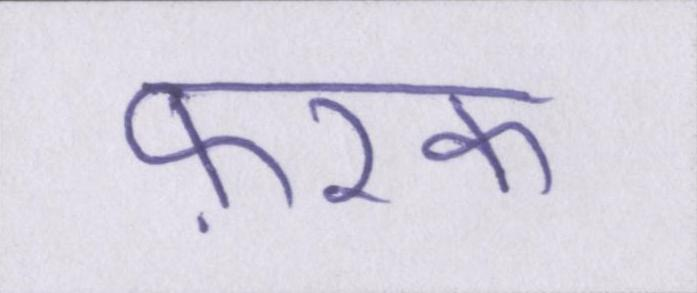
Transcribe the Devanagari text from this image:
फ़रक